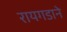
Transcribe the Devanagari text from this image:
रायगडाने